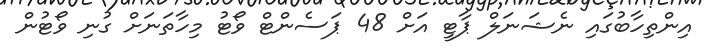
އިންތިހާބުގައި ނެޝަނަލް ޕާޓީ އަށް 48 ޕަސެންޓް ވޯޓު މިހާތަނަށް ގުނި ވޯޓުން